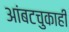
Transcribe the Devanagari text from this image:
आंबटचुकाही